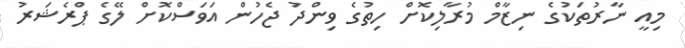
މިއީ ނާރުތަކުގެ ނިޒާމް މުރާލިކޮށް ހިތުގެ ވިންދު ޖެހުން އަވަސްކޮށް ލޭގެ ޕްރެޝަރު